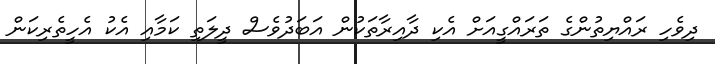
ދިވެހި ރައްޔިތުންގެ ތަރައްގީއަށް އެކި ދާއިރާތަކުން އަބަދުވެސް ދީލަތި ކަމާއި އެކު އެހީތެރިކަން